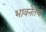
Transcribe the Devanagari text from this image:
भावनेतच